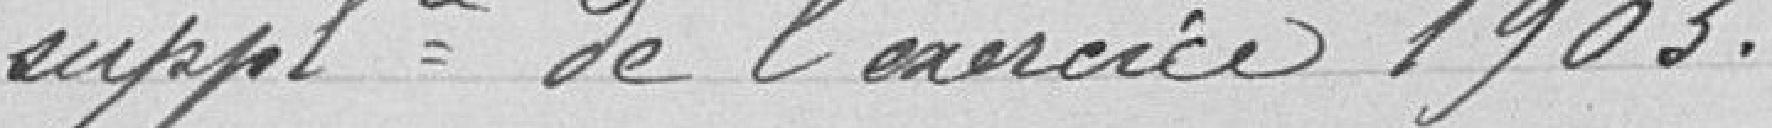
supplémentaire de l'année 1903.